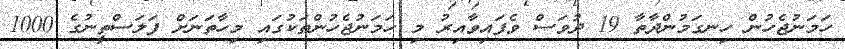
ހަމަނުޖެހުން ހިނގަމުންދާތާ 19 ދުވަސް ވެފައިވާއިރު މި ހަމަނުޖެހުންތަކުގައި މިހާތަނަށް ފަލަސްތީނުގެ 1000